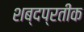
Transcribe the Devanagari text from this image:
शब्दप्रतीक